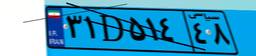
۳۱D۵۱۴۴۸